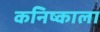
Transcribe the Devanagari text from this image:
कनिष्काला